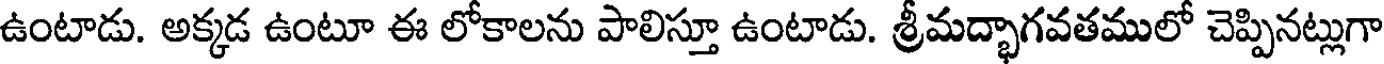
ఉంటాడు. అక్కడ ఉంటూ ఈ లోకాలను పాలిస్తూ ఉంటాడు. శ్రీమద్భాగవతములో చెప్పినట్లుగా